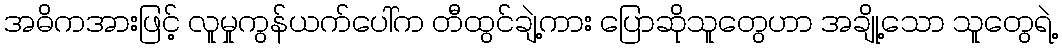
အဓိကအားဖြင့် လူမှုကွန်ယက်ပေါ်က တီထွင်ချဲ့ကား ပြောဆိုသူတွေဟာ အချို့သော သူတွေရဲ့